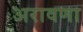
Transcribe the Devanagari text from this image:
अरावणा